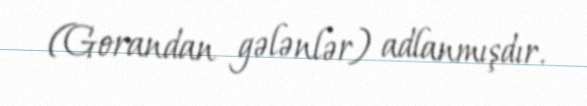
(Gorandan gələnlər) adlanmışdır.